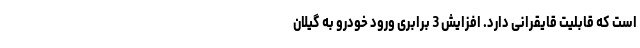
است که قابلیت قایقرانی دارد. افزایش 3 برابری ورود خودرو به گیلان